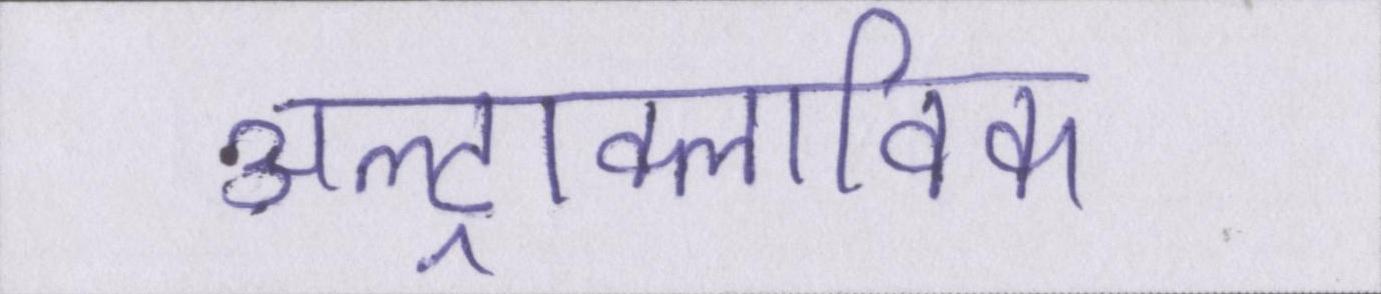
अल्ट्राक्लाविक